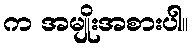
က အမျိုးအစားပါ။